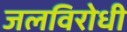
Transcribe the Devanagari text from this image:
जलविरोधी